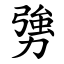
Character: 勥